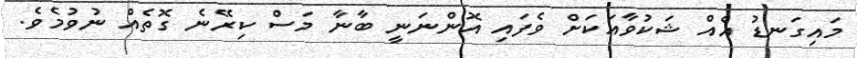
މައިގަނޑު އެއް ޝަކުވާއަކަށް ވެފައި އޮންނަނީ ބާނާ މަސް ކިރޭނެ ގޮތެއް ނުވުމެވެ.